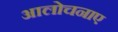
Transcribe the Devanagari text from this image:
आलोचनाए